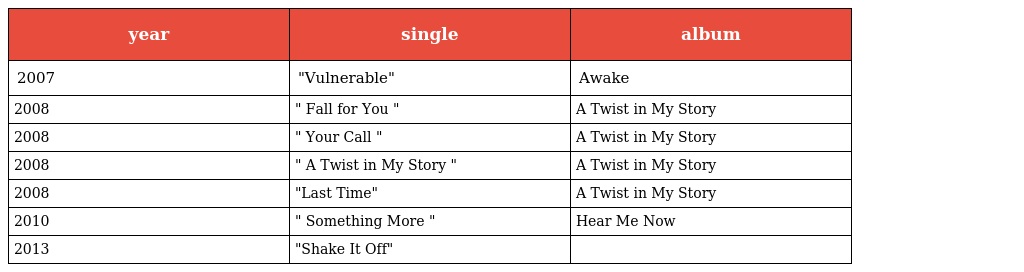
| year | single | album |
 | --- | --- | --- |
 | 2007 | "Vulnerable" | Awake |
 | 2008 | " Fall for You " | A Twist in My Story |
 | 2008 | " Your Call " | A Twist in My Story |
 | 2008 | " A Twist in My Story " | A Twist in My Story |
 | 2008 | "Last Time" | A Twist in My Story |
 | 2010 | " Something More " | Hear Me Now |
 | 2013 | "Shake It Off" |  |